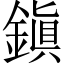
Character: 鎭